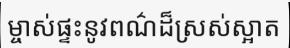
ម្ចាស់ផ្ទះនូវពណ៌ដ៏ស្រស់ស្អាត